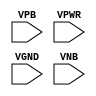
module sky130_fd_sc_ms__fill_diode (
    //# {{power|Power}}
    input VPB ,
    input VPWR,
    input VGND,
    input VNB
);
endmodule